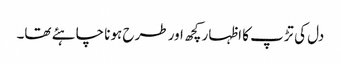
دل کی تڑپ کا اظہار کچھ اور طرح ہونا چاہئے تھا۔